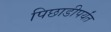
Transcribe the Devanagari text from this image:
पिछाडीपर्यंत